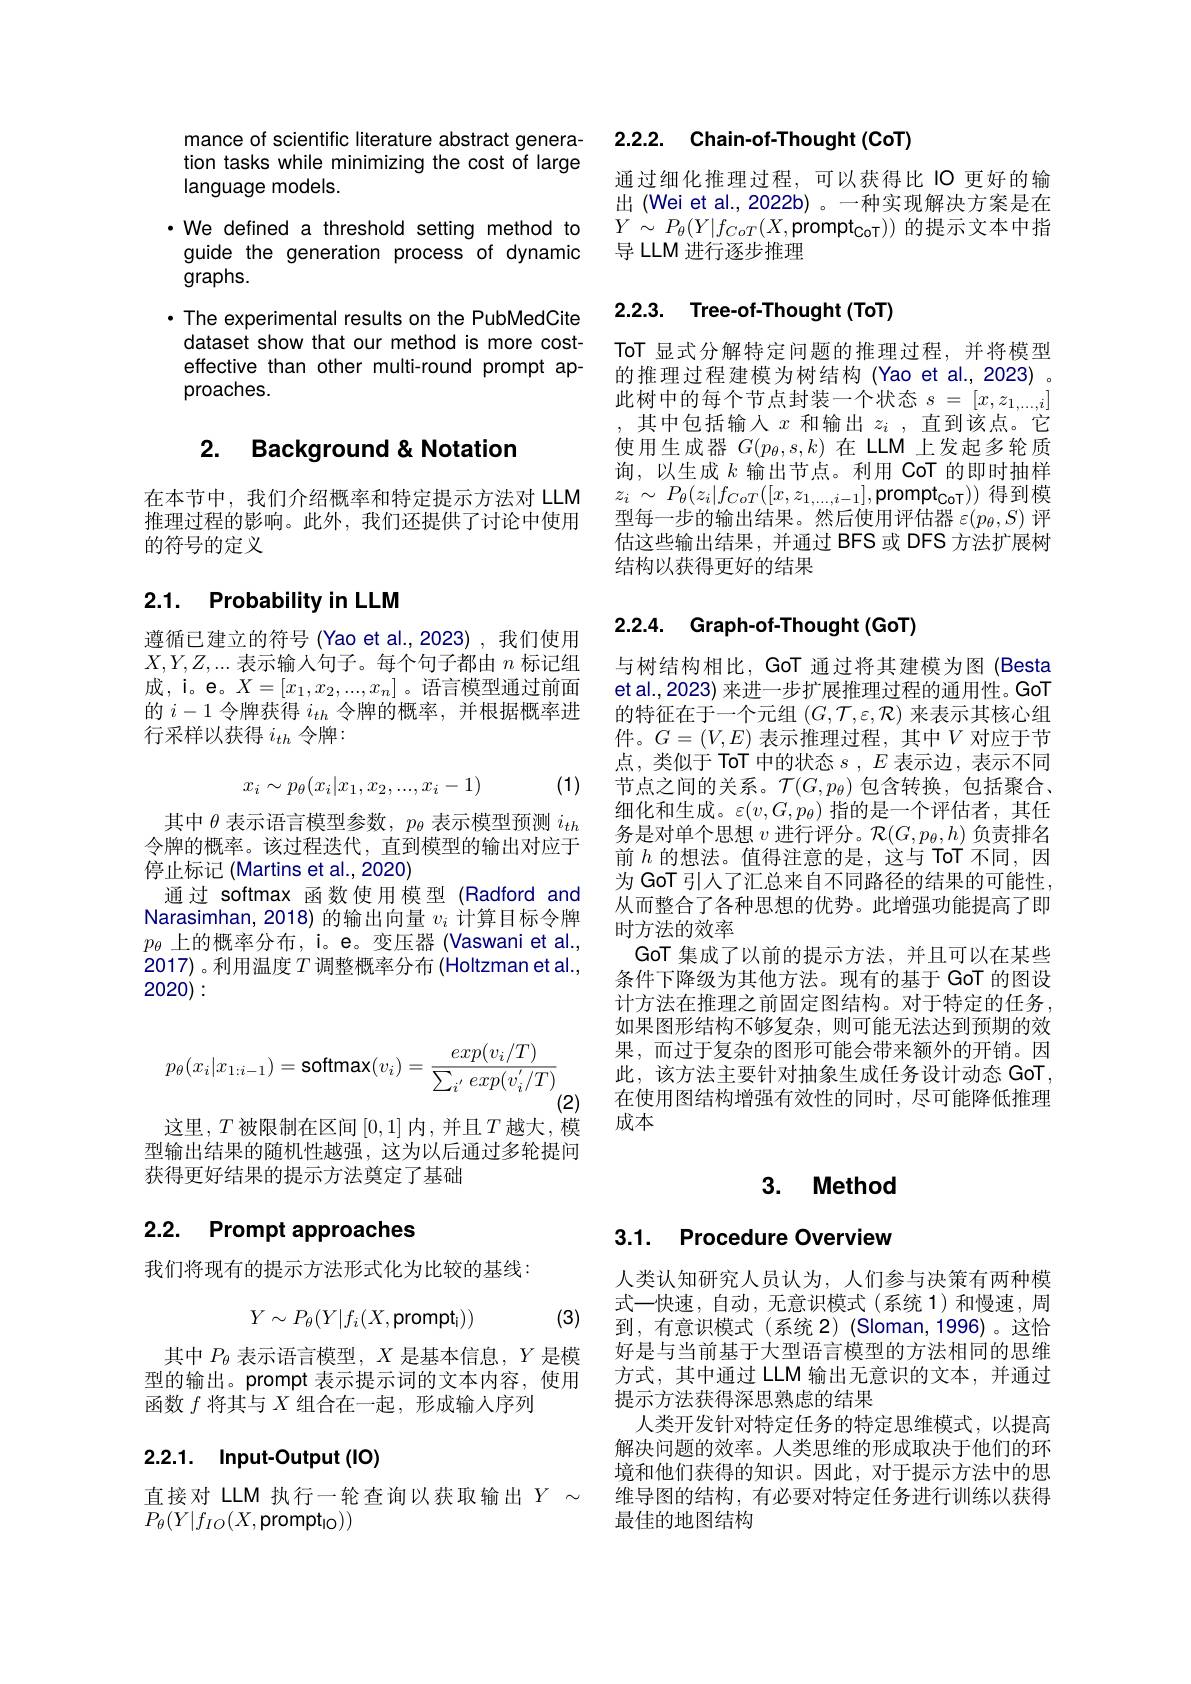
mance of scientific literature abstract generation tasks while minimizing the cost of large language models.
·We defined a threshold setting method to guide the generation process of dynamic graphs.
· The experimental results on the PubMedCite dataset show that our method is more costeffective than other multi-round prompt approaches.

## 2. Background&Notation

在本节中，我们介绍概率和特定提示方法对 LLM 推理过程的影响。此外，我们还提供了讨论中使用的符号的定义

## 2.1. Probability in LLM

遵循已建立的符号(Yao et al.,2023),我们使用$X,Y,Z,...$表示输入句子。每个句子都由$n$标记组成，i。e。$X=[x_1,x_2,...,x_n]$。语言模型通过前面的$i-1$令牌获得$i_th$令牌的概率，并根据概率进行采样以获得$i_{th}$令牌：
$$x_i\sim p_\theta(x_i|x_1,x_2,...,x_i-1)$$
(1)

其中$\theta$表示语言模型参数，$p_\theta$表示模型预测$i_th$ 令牌的概率。该过程迭代，直到模型的输出对应于停止标记 (Martins et al., 2020)
通过 softmax 函数使用模型 (Radford and Narasimhan, 2018) 的输出向量$v_i$计算目标令牌$p_{\theta}$上的概率分布，i。e。变压器 (Vaswani et al., 2017) 。利用温度$T$调整概率分布 (Holtzman et al., 2020):
$$p_\theta(x_i|x_{1:i-1})=\mathsf{softmax}(v_i)=\frac{exp(v_i/T)}{\sum_{i^{'}}exp(v_i^{'}/T)}$$
(2)

这里，$T$被限制在区间$\left[0,1\right]$内，并且$T$越大，模

型输出结果的随机性越强，这为以后通过多轮提问
获得更好结果的提示方法奠定了基础

### 2.2. Prompt approaches

我们将现有的提示方法形式化为比较的基线：

(3)
$$Y\sim P_\theta(Y|f_i(X,\text{prompt}_\mathrm{i}))$$
其中$P_\theta$表示语言模型，$X$是基本信息，$Y$是模型的输出。prompt 表示提示词的文本内容，使用函数$f$将其与$X$组合在一起，形成输人序列

## 2.2.1. Input-Output(IO)

直接对 LLM 执行一轮查询以获取输出$Y\sim$
$P_{\theta}(Y|f_{IO}(X$,prompt$_\text{lo}))$

2.2.2. Chain-of-Thought(CoT)

通过细化推理过程，可以获得比 IO 更好的输出 (Wei et al., 2022b) 。一种实现解决方案是在$Y$ $\sim$ $P_{\theta }( Y| f_{CoT}( X$,prompt$_\mathrm{CoT}))$的提示文本中指导 LLM 进行逐步推理

## 2.2.3. Tree-of-Thought(ToT)

ToT 显式分解特定问题的推理过程，并将模型的推理过程建模为树结构(Yao et al.,2023)。此树中的每个节点封装一个状态$s=[x,z_{1,\ldots,i}]$
其中包括输入$x$ 和输出 $z_i$ ,直到该点。它使用生成器$G(p_\theta,s,k)$在 LLM 上发起多轮质询，以生成$k$输出节点。利用 CoT 的即时抽样$z_{i}$ $\sim$ $P_{\theta }( z_{i}| f_{CoT}( [ x, z_{1, \ldots , i- 1}] $,prompt$_\mathrm{CoT}))$得到模型每一步的输出结果。然后使用评估器$\varepsilon(p_\theta,S)$评估这些输出结果，并通过 BFS 或 DFS 方法扩展树结构以获得更好的结果

### 2.2.4. Graph-of-Thought(GoT)

与树结构相比，GoT 通过将其建模为图 (Besta et al., 2023) 来进一步扩展推理过程的通用性。GoT 的特征在于一个元组$(G,\mathcal{T},\varepsilon,\mathcal{R})$来表示其核心组件。$G=(V,E)$ 表示推理过程，其中$V$ 对应于节点，类似于 ToT 中的状态$s,E$表示边，表示不同节点之间的关系。$\mathcal{T}(G,p_\theta)$包含转换，包括聚合、 细化和生成。$\varepsilon(v,G,p_\theta)$指的是一个评估者，其任务是对单个思想$v$进行评分。$\mathcal{R}(G,p_\theta,h)$负责排名前$h$ 的想法。值得注意的是，这与 ToT 不同，因为 GoT 引人了汇总来自不同路径的结果的可能性， 从而整合了各种思想的优势。此增强功能提高了即时方法的效率
GoT 集成了以前的提示方法，并且可以在某些条件下降级为其他方法。现有的基于 GoT 的图设计方法在推理之前固定图结构。对于特定的任务， 如果图形结构不够复杂，则可能无法达到预期的效果，而过于复杂的图形可能会带来额外的开销。因此，该方法主要针对抽象生成任务设计动态 GoT 在使用图结构增强有效性的同时，尽可能降低推理成本

## 3. Method

## 3.1. Procedure Overview

人类认知研究人员认为，人们参与决策有两种模式一快速，自动，无意识模式(系统1)和慢速，周到，有意识模式(系统 2)(Sloman,1996)。这恰好是与当前基于大型语言模型的方法相同的思维方式，其中通过 LLM 输出无意识的文本，并通过提示方法获得深思熟虑的结果
人类开发针对特定任务的特定思维模式，以提高解决问题的效率。人类思维的形成取决于他们的环境和他们获得的知识。因此，对于提示方法中的思维导图的结构，有必要对特定任务进行训练以获得最佳的地图结构